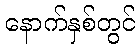
နောက်နှစ်တွင်